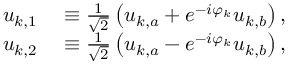
\begin{array} { r l } { u _ { k , 1 } } & { { } \equiv \frac { 1 } { \sqrt { 2 } } \left( u _ { k , a } + e ^ { - i \varphi _ { k } } u _ { k , b } \right) , } \\ { u _ { k , 2 } } & { { } \equiv \frac { 1 } { \sqrt { 2 } } \left( u _ { k , a } - e ^ { - i \varphi _ { k } } u _ { k , b } \right) , } \end{array}